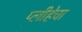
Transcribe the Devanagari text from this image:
प्लीहेचा